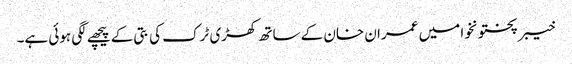
خیبر پختونخوا میں عمران خان کے ساتھ کھڑی ٹرک کی بتی کے پیچھے لگی ہوئی ہے۔